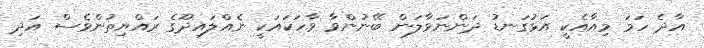
އާދެ ހަމަ މިއާއެކީ އަޅުގަނޑު ދަންނަވާލަން ބޭނުންވާ ވާހަކައަކީ ނެއްލައިދޫގެ ރައްޔިތުންވެސް އަދި